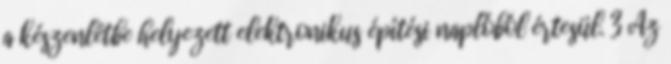
a készenlétbe helyezett elektronikus építési naplóból értesül. 3 Az